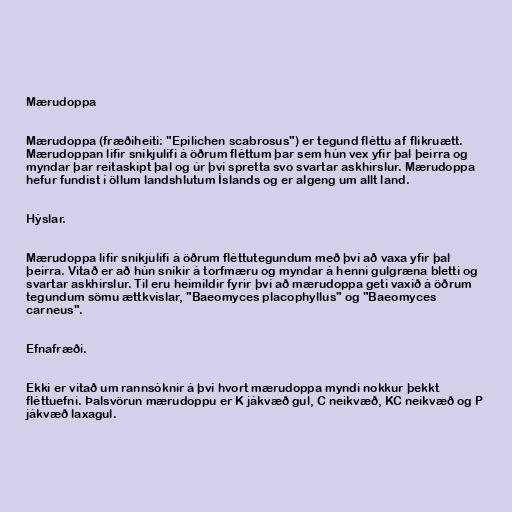
Mærudoppa

Mærudoppa (fræðiheiti: "Epilichen scabrosus") er tegund fléttu af flikruætt.
Mærudoppan lifir sníkjulífi á öðrum fléttum þar sem hún vex yfir þal þeirra og
myndar þar reitaskipt þal og úr því spretta svo svartar askhirslur. Mærudoppa
hefur fundist í öllum landshlutum Íslands og er algeng um allt land.

Hýslar.

Mærudoppa lifir sníkjulífi á öðrum fléttutegundum með því að vaxa yfir þal
þeirra. Vitað er að hún sníkir á torfmæru og myndar á henni gulgræna bletti og
svartar askhirslur. Til eru heimildir fyrir því að mærudoppa geti vaxið á öðrum
tegundum sömu ættkvíslar, "Baeomyces placophyllus" og "Baeomyces
carneus".

Efnafræði.

Ekki er vitað um rannsóknir á því hvort mærudoppa myndi nokkur þekkt
fléttuefni. Þalsvörun mærudoppu er K jákvæð gul, C neikvæð, KC neikvæð og P
jákvæð laxagul.